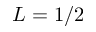
L = 1 / 2